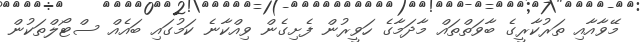
މޭވާއާއި ތަރުކާރީގެ ބާވަތްތައް މާދަމާގެ ހަވީރުން ފެށިގެން ވިއްކާނެ ކަމުގައި ބައެއް ސްޓޯލްތަކުން